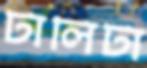
টালিটা